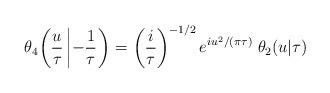
LaTeX: \begin{align*}\theta_4{\left({u\over \tau}\left|-{1\over \tau} \right. \right)} =\left({i\over \tau}\right)^{-1/2} e^{iu^2/(\pi \tau)} \; \theta_2 {\left(u | \tau \right)}\end{align*}